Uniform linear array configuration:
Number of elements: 32
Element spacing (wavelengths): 0.5
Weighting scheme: cosine
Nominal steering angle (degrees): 15
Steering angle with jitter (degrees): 16.144
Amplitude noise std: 0.05
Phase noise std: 0.05

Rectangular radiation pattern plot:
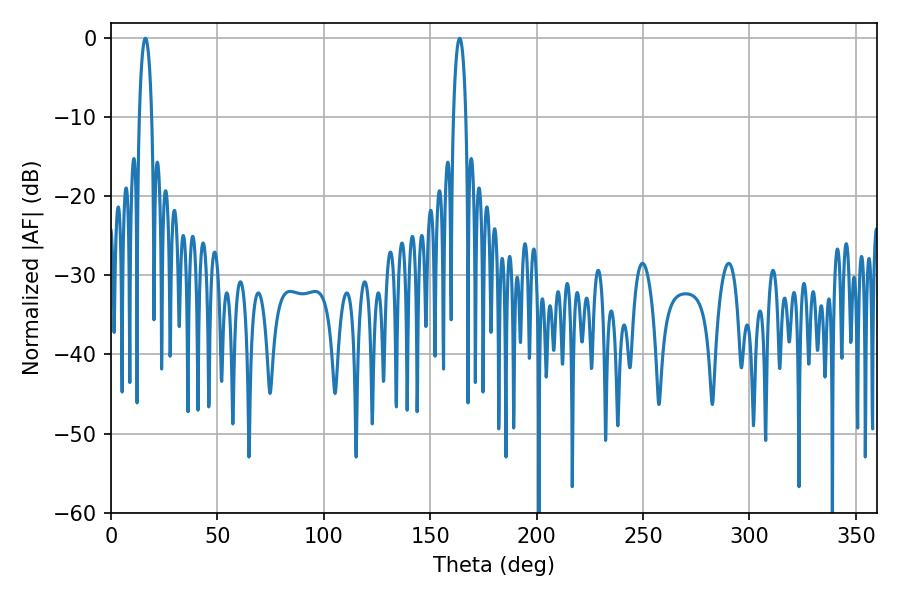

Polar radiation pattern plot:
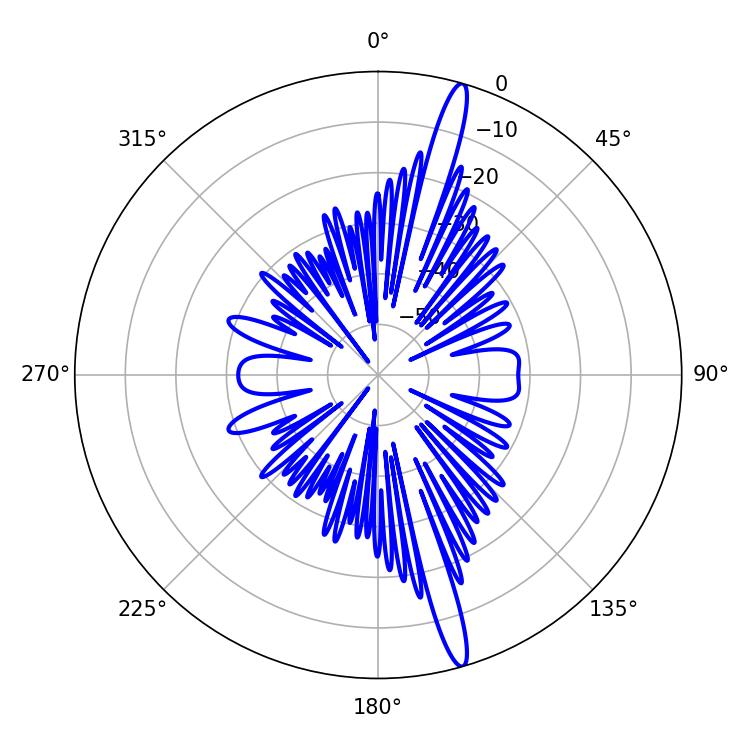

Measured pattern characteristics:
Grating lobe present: FALSE
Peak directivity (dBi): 17.416
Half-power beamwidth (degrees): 3.24
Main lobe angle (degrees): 16.2